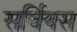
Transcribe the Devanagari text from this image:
सर्वियस